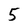
Character: 5